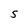
Character: S